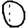
Digit: 0